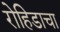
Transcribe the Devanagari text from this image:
रोहिडाचा